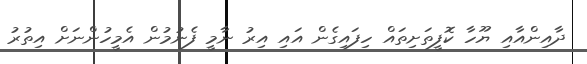
ދާއިންއާއި ޔޫހާ ކޮފީތަށިތައް ހިފައިގެން އައި އިރު ނާމީ ފެނުމުން އެމީހުންނަށް އިތުރު